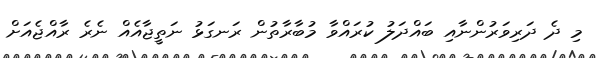
މި ދެ ދަރިވަރުންނާއި ބައްދަލު ކުރައްވާ މުބާރާތުން ރަނގަޅު ނަތީޖާއެއް ނެރެ ރާއްޖެއަށް